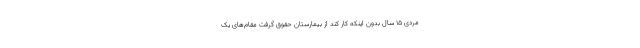
مردی 15 سال بدون اینکه کار کند از بیمارستان حقوق گرفت مقام‌های یک